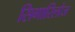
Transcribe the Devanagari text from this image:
सिगारिलोज